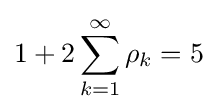
1+2\sum _{k=1}^{\infty }\rho _{k}=5